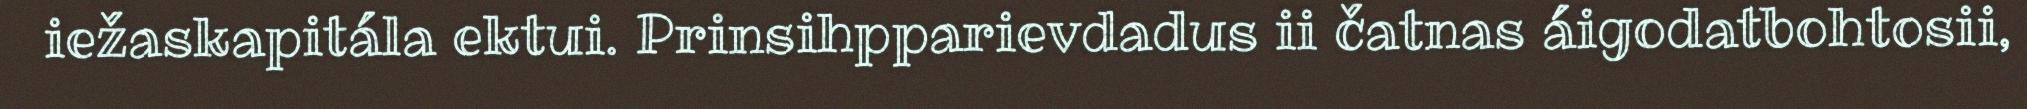
iežaskapitála ektui. Prinsihpparievdadus ii čatnas áigodatbohtosii,